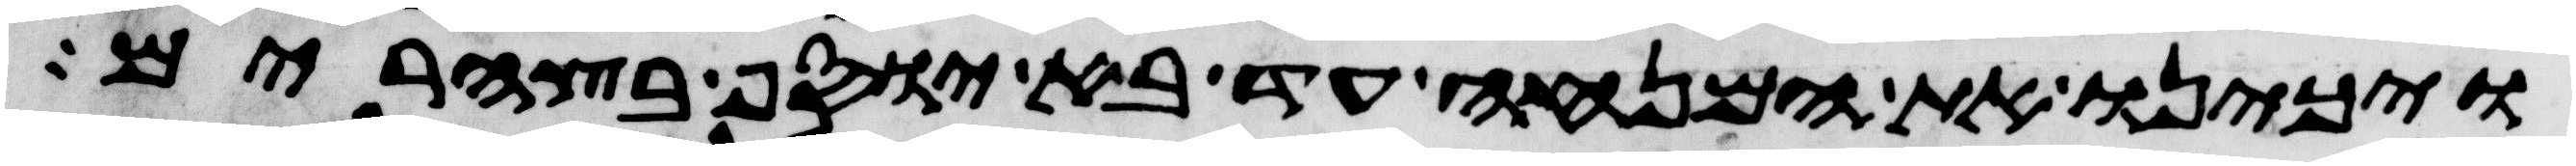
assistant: ויכינו את המנחה עד בא יוסף בצהרים